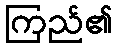
ကြည်၏